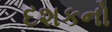
દશકનો